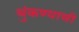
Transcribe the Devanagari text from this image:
थुंकण्याची